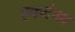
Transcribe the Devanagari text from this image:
एकटंगा